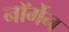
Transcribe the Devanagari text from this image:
नॉर्मेन